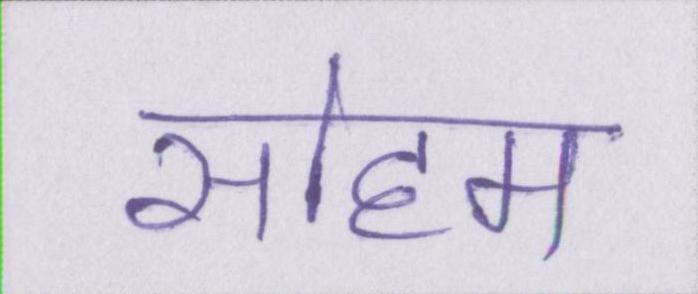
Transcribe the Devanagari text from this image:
सोहम